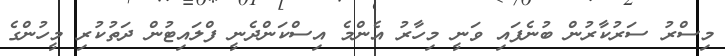
މިސްރު ސަރުކާރުން ބުނެފައި ވަނީ މިހާރު އެންމެ އިސްކަންދެނީ ފްލައިޓުން ދަތުކުރި މީހުންގެ